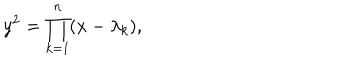
LaTeX: y ^ { 2 } = \prod _ { k = 1 } ^ { n } ( x - \lambda _ { k } ) ,